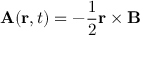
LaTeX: { \mathbf { A } } ( \mathbf { r } , t ) = - { \frac { 1 } { 2 } } \mathbf { r } \times \mathbf { B }